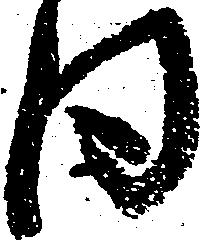
同